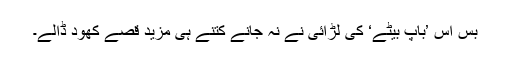
بس اس ’باپ بیٹے‘ کی لڑائی نے نہ جانے کتنے ہی مزید قصے کھود ڈالے۔